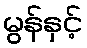
မွန်နှင့်